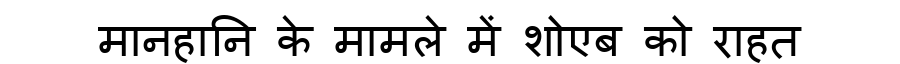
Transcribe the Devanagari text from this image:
मानहानि के मामले में शोएब को राहत